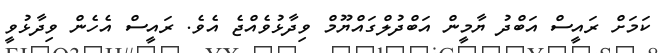
ކަމަށް ރައީސް އަބްދު ޔާމީން އަބްދުލްގައްޔޫމް ވިދާޅުވެއްޖެ އެވެ. ރައީސް އެހެން ވިދާޅުވީ